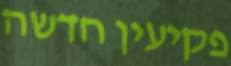
פקיעין חדשה